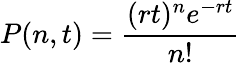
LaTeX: P(n,t)=\frac{(rt)^{n}e^{-rt}}{n!}